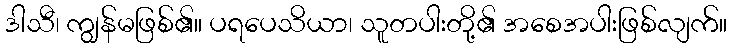
ဒါသီ၊ ကျွန်မဖြစ်၏။ ပရပေသိယာ၊ သူတပါးတို့၏ အစေအပါးဖြစ်လျက်။